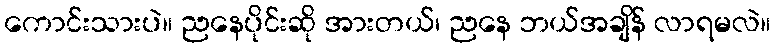
ကောင်းသားပဲ။ ညနေပိုင်းဆို အားတယ်၊ ညနေ ဘယ်အချိန် လာရမလဲ။